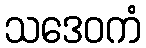
သဒေဝကံ